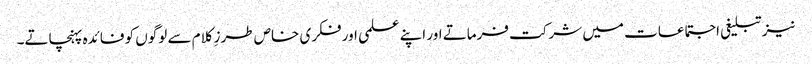
نیز تبلیغی اجتماعات میں شرکت فرماتے اور اپنے علمی اور فکری خاص طرزِ کلام سے لوگوں کو فائدہ پہنچاتے۔